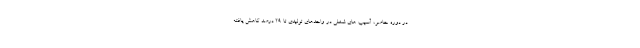
در دوره حاضر، آسیب های شغلی در واحدهای تولیدی تا ۲۹ درصد کاهش یافته